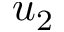
u _ { 2 }